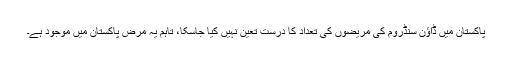
پاکستان میں ڈاؤن سنڈروم کی مریضوں کی تعداد کا درست تعین نہیں کیا جاسکا، تاہم یہ مرض پاکستان میں موجود ہے۔